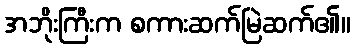
အဘိုးကြီးက စကားဆက်မြဲဆက်၏။